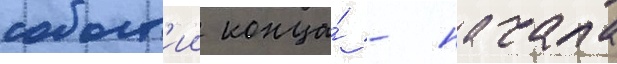
событ'ии конца́ - начала